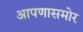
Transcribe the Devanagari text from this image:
आपणासमोर